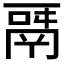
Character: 𩰬